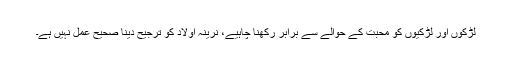
لڑکوں اور لڑکیوں کو محبت کے حوالے سے برابر رکھنا چاہیے، نرینہ اولاد کو ترجیح دینا صحیح عمل نہیں ہے۔